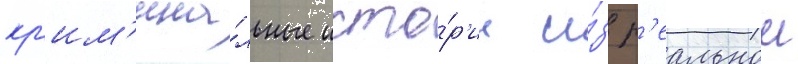
кр'им'ина́льные исто́р'ии и́з р'еальнои